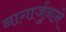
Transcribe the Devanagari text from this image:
नागार्जुनाने